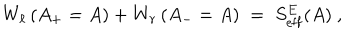
LaTeX: W _ { \ell } \left( A _ { + } = A \right) + W _ { r } \left( A _ { - } = A \right) \; = \; S _ { \mathrm { e f f } } ^ { E } ( A ) ~ ,